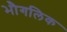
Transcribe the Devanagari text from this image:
भौगलिक